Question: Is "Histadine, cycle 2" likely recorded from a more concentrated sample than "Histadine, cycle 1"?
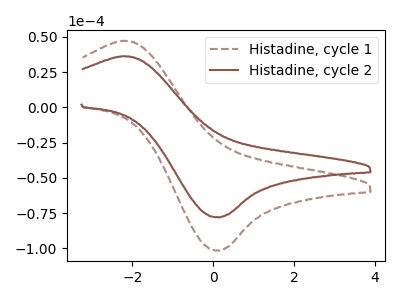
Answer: <think>The brown dashed curve "Histadine, cycle 1" has an anodic peak at (-2.20V, 47.30uA) and a cathodic peak at (0.15V, -101.75uA). The brown curve "Histadine, cycle 2" has an anodic peak at (-2.20V, 36.30uA) and a cathodic peak at (0.15V, -78.10uA).
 All the peaks in "Histadine, cycle 2" have a peak in "Histadine, cycle 1" at the same potential. Every peak in "Histadine, cycle 2" is lower than every peak in "Histadine, cycle 1".</think>
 <answer>"Histadine, cycle 2" has less signal than "Histadine, cycle 1".</answer>
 <eval>less_signal</eval>